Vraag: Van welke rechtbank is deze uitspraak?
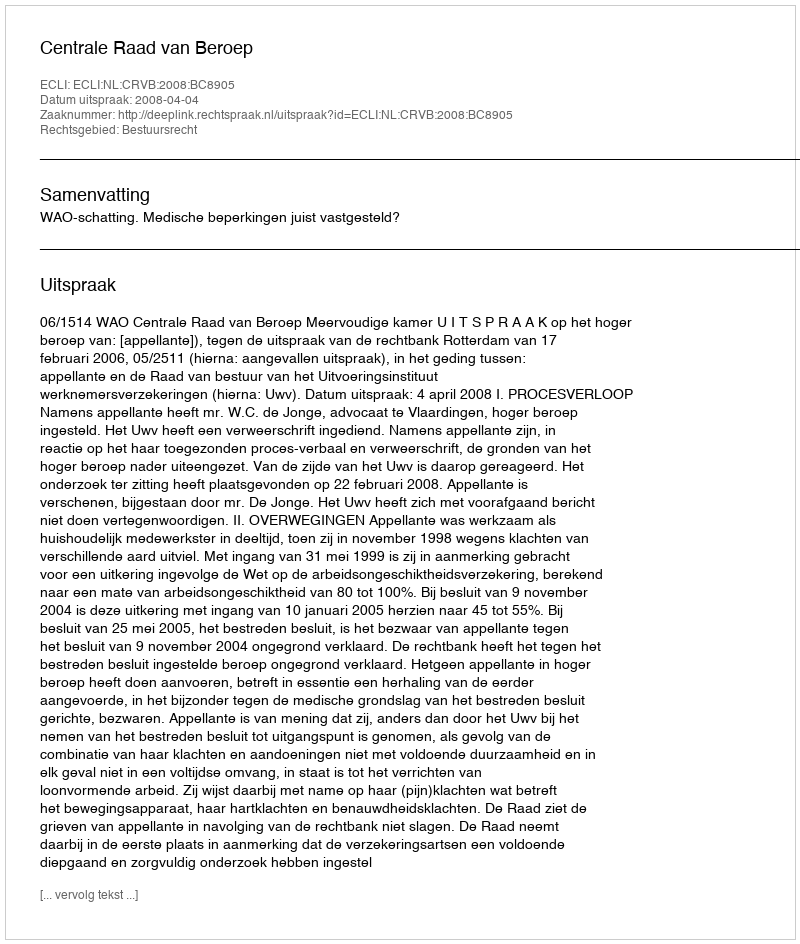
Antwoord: Centrale Raad van Beroep